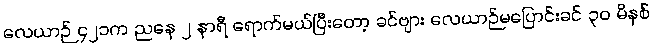
လေယာဉ် ၄၂၁က ညနေ ၂ နာရီ ရောက်မယ်ပြီးတော့ ခင်ဗျား လေယာဉ်မပြောင်းခင် ၃၀ မိနစ်